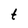
Character: t